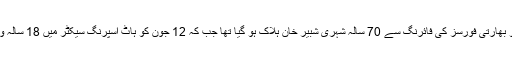
بیان کے مطابق چیریکوٹ سیکٹر میں 10 جون کو بھارتی فورسز کی فائرنگ سے 70 سالہ شہری شبیر خان ہلاک ہو گیا تھا جب کہ 12 جون کو ہاٹ اسپرنگ سیکٹر میں 18 سالہ وقار یونس اور 19 سالہ اسد علی مارے گئے تھے۔